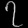
Digit: ၇